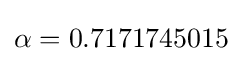
\alpha =0.7171745015